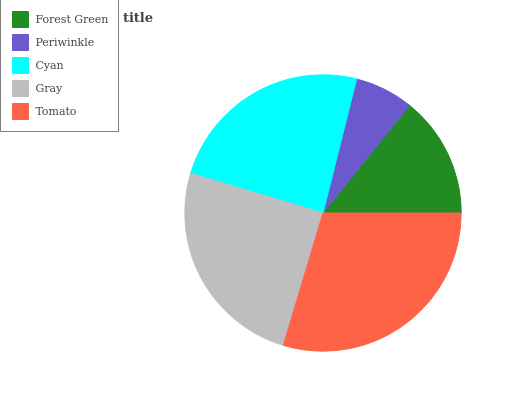
| Forest Green | Periwinkle | Cyan | Gray | Tomato |
 | --- | --- | --- | --- | --- |
 | 14.2% | 6.87% | 24.3% | 25% | 29.6% |